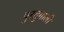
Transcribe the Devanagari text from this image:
पुरतुगाली